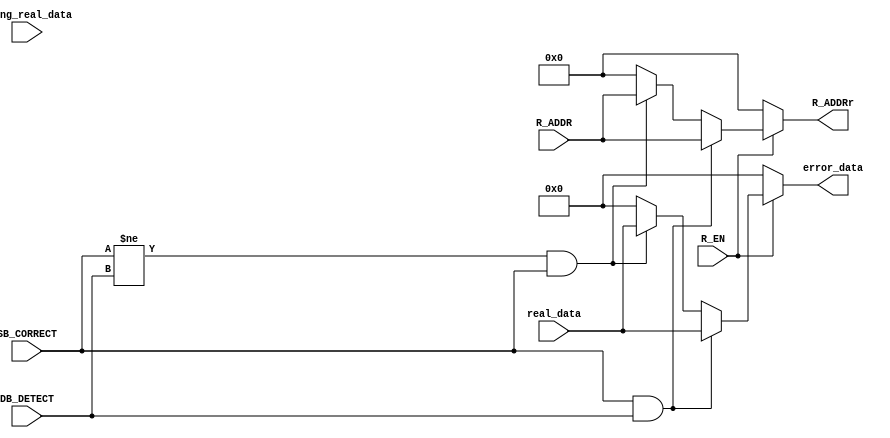
module t64_ADDR_new (input [13:0] R_ADDR, 
    input  R_EN,
    input [63:0] real_data, 
    input [63:0] wrong_real_data,
    //new 
    input DB_DETECT,
    input SB_CORRECT,
    //
    output [63:0] error_data,
    output [13:0] R_ADDRr
);

reg [13:0] R_ADDRrr;
reg [63:0] errors;

assign R_ADDRr = R_ADDRrr;
assign error_data = errors;


always @(R_EN or wrong_real_data) begin
    R_ADDRrr = 0;
    errors = 0;
    if(R_EN )begin
        R_ADDRrr = 0;
        if( (SB_CORRECT != DB_DETECT) && (SB_CORRECT ==1) )begin // singel error , will be corrected,  ( || (real_data != wrong_real_data) )
            R_ADDRrr = R_ADDR;
            errors = real_data; //has problem
        end
        if( (SB_CORRECT == 1) &&  (DB_DETECT == 1) )begin //Multiple errors NOT corrected  =>  real  data = wrong data
            R_ADDRrr = R_ADDR;
            errors = real_data;
        end
    end
    
end

endmodule